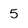
Character: 5